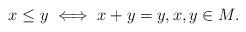
LaTeX: \begin{align*}x \leq y \iff x+y=y, x,y \in M.\end{align*}